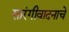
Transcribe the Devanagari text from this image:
सारंगीवादनाचे